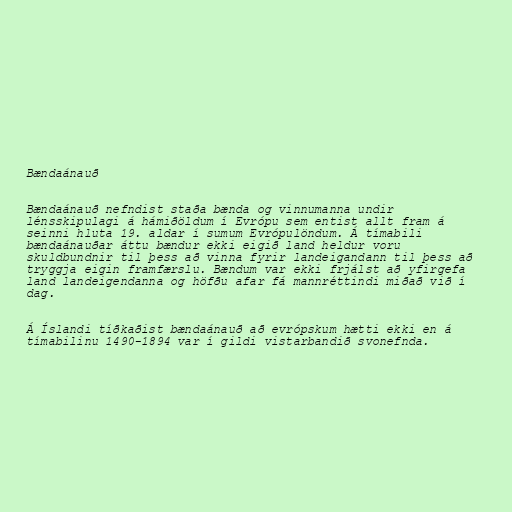
Bændaánauð

Bændaánauð nefndist staða bænda og vinnumanna undir
lénsskipulagi á hámiðöldum í Evrópu sem entist allt fram á
seinni hluta 19. aldar í sumum Evrópulöndum. Á tímabili
bændaánauðar áttu bændur ekki eigið land heldur voru
skuldbundnir til þess að vinna fyrir landeigandann til þess að
tryggja eigin framfærslu. Bændum var ekki frjálst að yfirgefa
land landeigendanna og höfðu afar fá mannréttindi miðað við í
dag.

Á Íslandi tíðkaðist bændaánauð að evrópskum hætti ekki en á
tímabilinu 1490-1894 var í gildi vistarbandið svonefnda.